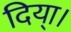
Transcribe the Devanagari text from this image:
दिया्।